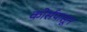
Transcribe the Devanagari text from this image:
कोर्सपासून